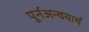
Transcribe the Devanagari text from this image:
पूर्नअन्वयार्थ